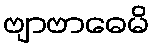
ဗျာဗာဓေမိ